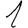
Digit: 1